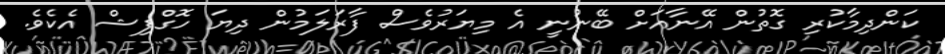
ކަންދިމާކުރި ގޮތުން އޭނާއަށް ބޭނުނީ އެ މިޔަރުވެސް ފާރަލަމުން ދިޔަ ހޮގްފިޝް އެކެވެ.